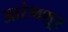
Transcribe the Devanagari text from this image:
आरंभशूर